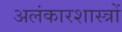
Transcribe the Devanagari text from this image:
अलंकारशास्त्रों